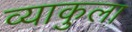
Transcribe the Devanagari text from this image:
व्याकुला